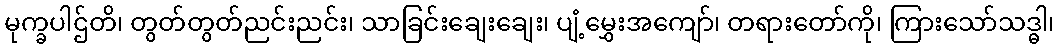
မုက္ခပါဌ်တိ၊ တွတ်တွတ်ညင်းညင်း၊ သာခြင်းချေးချေး၊ ပျံ့မွှေးအကျော်၊ တရားတော်ကို၊ ကြားသော်သဒ္ဓါ၊